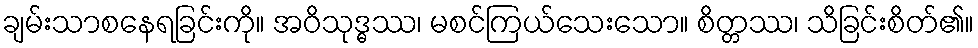
ချမ်းသာစနေရခြင်းကို။ အဝိသုဒ္ဓဿ၊ မစင်ကြယ်သေးသော။ စိတ္တဿ၊ သိခြင်းစိတ်၏။